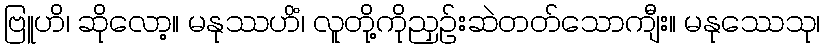
ဗြူဟိ၊ ဆိုလော့။ မနုဿဟိံ၊ လူတို့ကိုညှဉ်းဆဲတတ်သောကျီး။ မနုဿေသု၊